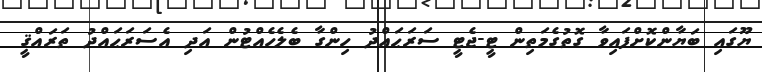
ޔޫގައި ބަޔާންކޮށްފައިވާ ގޮތުގެމަތިން ޓީ-ޖެޓީ ސަރަޙައްދު ހިންގާ ބެލެހެއްޓުން އަދި އެސަރަޙައްދު ތަރައްޤީ